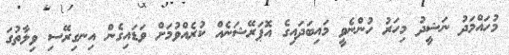
މުހައްމަދު ނަޝީދު މިހަރު ހުންނެވީ މައިބަދައިގެ އޮޕަރޭޝަނެއް ކުރެއްވުމަށް ވަޑައިގެން އިނގިރޭސި ވިލާތުގަ